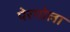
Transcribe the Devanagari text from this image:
पेरगोला